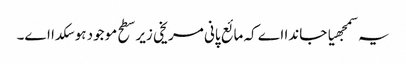
یہ سمجھیا جاندا اے کہ مائع پانی مریخی زیر سطح موجود ہو سکدا ا‏‏ے۔